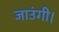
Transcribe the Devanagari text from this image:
जाउंगी।